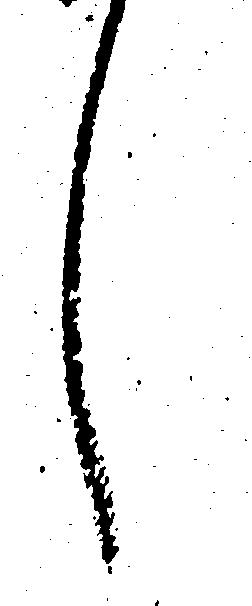
し